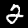
Label: 2